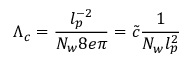
\Lambda _ { c } = \frac { l _ { p } ^ { - 2 } } { N _ { w } 8 e \pi } = \tilde { c } \frac { 1 } { N _ { w } l _ { p } ^ { 2 } }